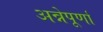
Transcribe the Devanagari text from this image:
अन्नेपूर्णा